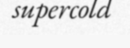
supercold